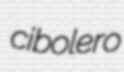
cibolero